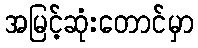
အမြင့်ဆုံးတောင်မှာ